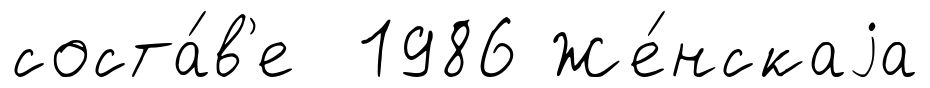
соста́в'е 1986 Же́нскаjа